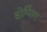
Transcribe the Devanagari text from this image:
होप्पिंग